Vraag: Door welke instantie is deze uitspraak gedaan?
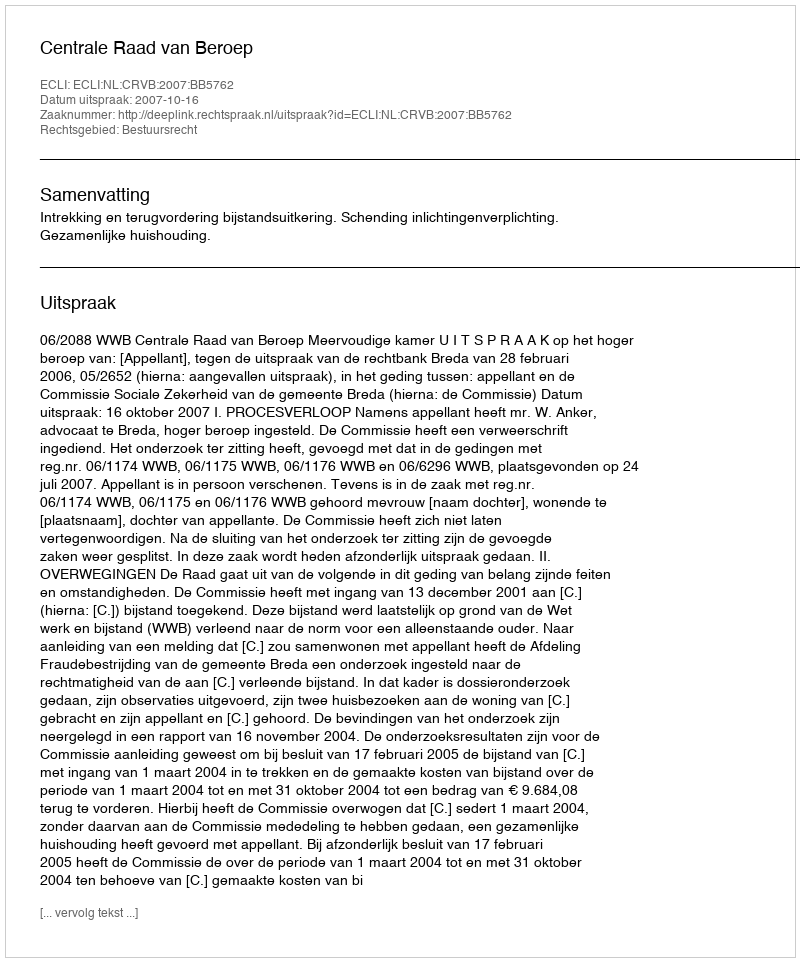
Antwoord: Centrale Raad van Beroep